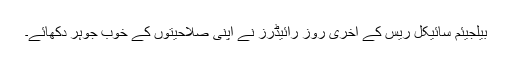
بیلجیئم سائیکل ریس کے آخری روز رائیڈرز نے اپنی صلاحیتوں کے خوب جوہر دکھائے۔